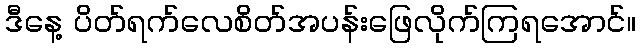
ဒီနေ့ ပိတ်ရက်လေစိတ်အပန်းဖြေလိုက်ကြရအောင်။